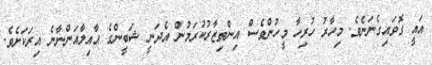
އައީ ގޮވައިގެނަނެވެ. މިހާރު ހުރިހާ މީހުންވެސް އިންތިޒާރުކުރަމުން އެދަނީ ޝަބީންގެ އާއިލާއަންނާނެ އިރަކަށެވެ.